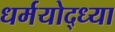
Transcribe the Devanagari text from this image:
धर्मयोद्ध्या